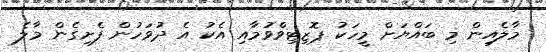
މާލެއިން މި ބައްޔަށް މީހަކު ޕޮޒިޓިވްވުމާއި އެކު އެ ދުވަހުން ފެށިގެން މާލެ